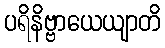
ပရိနိဗ္ဗာယေယျာတိ